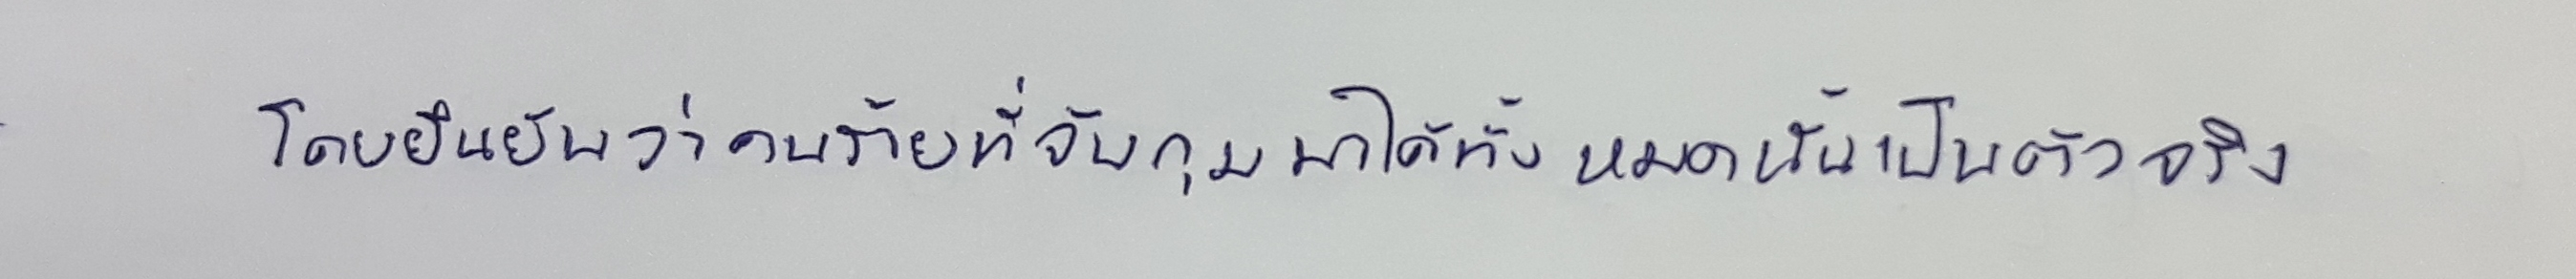
โดยยืนยันว่าคนร้ายที่จับกุมมาได้ทั้งหมดนั้นเป็นตัวจริง